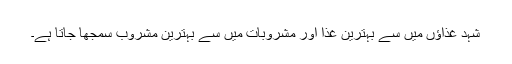
شہد غذاؤں میں سے بہترین غذا اور مشروبات میں سے بہترین مشروب سمجھا جاتا ہے۔